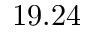
1 9 . 2 4